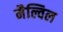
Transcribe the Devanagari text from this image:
मैल्विल